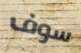
سوف